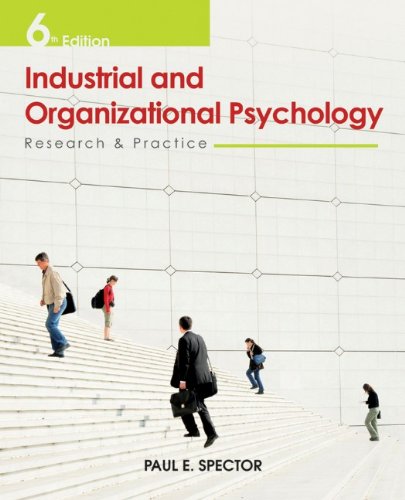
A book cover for Industrial and Organizational Psychology: Research and Practice; Paul E. Spector; Medical Books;